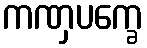
ကဏှပက္ခေ